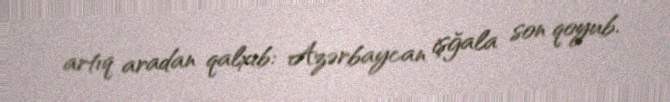
artıq aradan qalxıb: Azərbaycan işğala son qoyub.